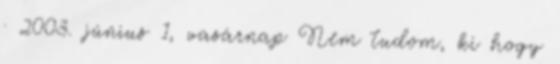
· 2003. június 1, vasárnap Nem tudom, ki hogy